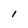
Character: l